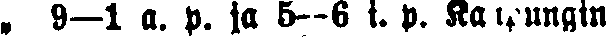
„ 9—l a. p. ja 5—6 i. p. Kaupungin